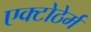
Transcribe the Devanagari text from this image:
एक्टोठेर्म